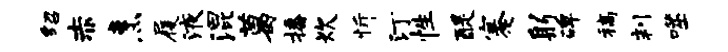
绍赤烹履液混葛播炊忻汀性醍蹇躬碑稿判噬